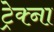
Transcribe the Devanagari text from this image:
ट्रेक्ना